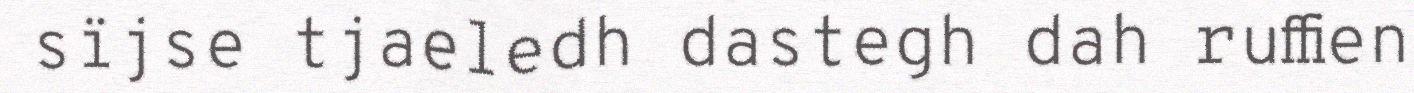
sïjse tjaeledh dastegh dah ruffien